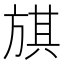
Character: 𣄃